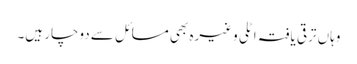
وہاں ترقی یافتہ اٹلی وغیرہ بھی مسائل سے دوچار ہیں۔